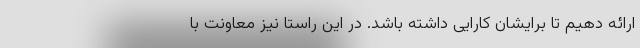
ارائه دهیم تا برایشان کارایی داشته باشد. در این راستا نیز معاونت با